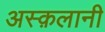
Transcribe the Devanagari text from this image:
अस्क़लानी